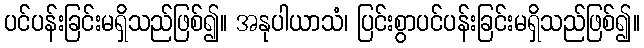
ပင်ပန်းခြင်းမရှိသည်ဖြစ်၍။ အနုပါယာသံ၊ ပြင်းစွာပင်ပန်းခြင်းမရှိသည်ဖြစ်၍။